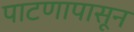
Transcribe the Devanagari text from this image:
पाटणापासून